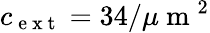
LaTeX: c_{\mathrm{~e~x~t~}}=34/\mu\mathrm{~m~}^{2}